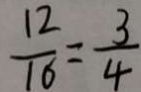
\frac { 1 2 } { 1 6 } = \frac { 3 } { 4 }